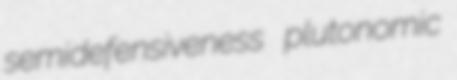
semidefensiveness plutonomic